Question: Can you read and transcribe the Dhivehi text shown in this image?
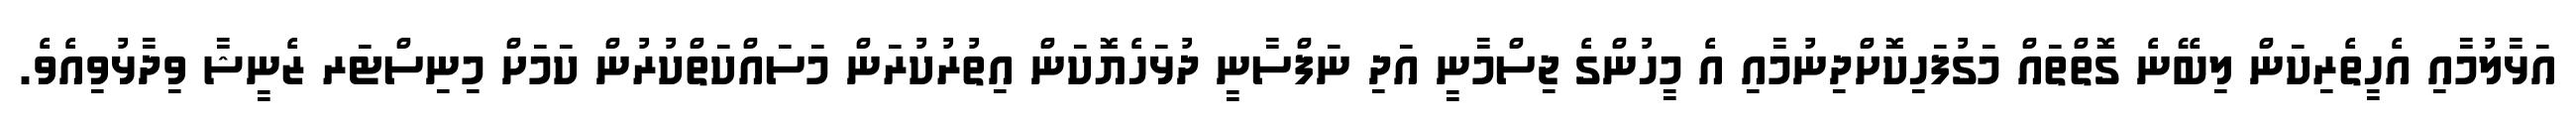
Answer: އަޅާލުމާއި އެހީތެރިކަން ލިބޭނެ ގޮތްތައް މަގުފަހިކޮށްދިނުމާއި އެ މީހުންގެ ޖިސްމާނީ އަދި ނަފްސާނީ ދުޅަހެޔޮކަން އިތުރުކުރަން މަސައްކަތްކުރުން ކަމަށް މިނިސްޓަރ ޒެނީޝާ ވިދާޅުވިއެވެ.